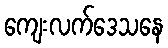
ကျေးလက်ဒေသနေ